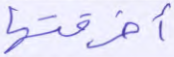
أخرقتها